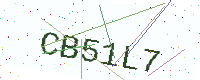
Text: CB51L7